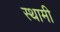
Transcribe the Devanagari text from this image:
स्थामी